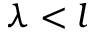
\lambda < l